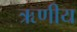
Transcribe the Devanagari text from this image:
ऋणीय